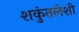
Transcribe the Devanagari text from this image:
शकुंतलेशी